Lunatic asylums Central Provinces reports 1910-1926 - 1910-1926
Year: 1910
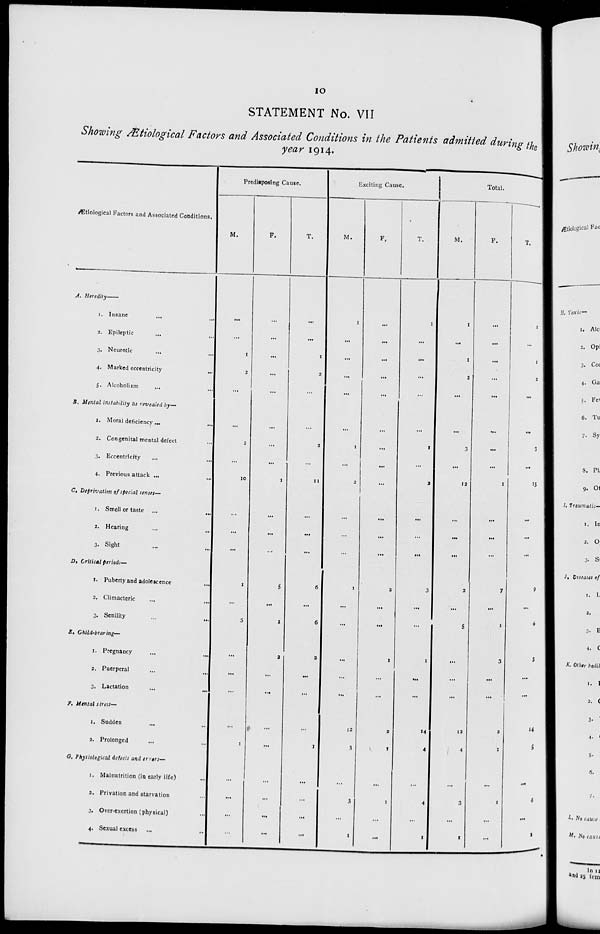
10
STATEMENT No. VII
Showing Ætiological Factors and Associated Conditions in the Patients admitted during the
year 1914.
Ætiological Factors and Associated Conditions.
A.
Heredity—
1. Insane ... ...
2. Epileptic ... ...
3. Neurotic ... ...
4. Marked eccentricity ...
5. Alcoholism ... ...
B. Mental instability as revealed by—
1. Moral deficiency ... ...
2. Congenital mental defect ...
3. Eccentricity ... ...
4. Previous attack ... ...
C. Deprivation of special senses—
1. Smell or taste ...
...
2. Hearing ... ...
3. Sight ... ...
D. Critical periods—
1. Puberty and adolescence ...
2. Climacteric
...
...
3. Senility ... ...
E. Child-bearing—
1. Pregnancy
...
...
2. Puerperal ... ...
3. Lactation ... ...
F. Mental stress—
1. Sudden ... ...
2. Prolonged ... ...
G. Physiological defects and errers—
1. Malnutrition (in early life)
...
2. Privation and starvation ...
3. Over-exertion (physical) ...
4. Sexual excess ... ...
Predisposing Cause.
M.
...
...
1
2
...
...
2
...
10
...
...
...
1
...
5
...
...
...
...
1
...
...
...
...
F.
...
...
...
...
...
...
...
...
1
...
...
...
5
...
1
2
...
...
...
...
...
...
...
...
T.
...
...
1
2
...
...
2
...
11
...
...
...
6
...
6
2
...
...
...
1
...
...
...
...
Exciting Cause.
M.
1
...
...
...
...
...
1
...
2
...
...
...
1
...
...
...
...
...
12
3
...
3
...
1
F.
...
...
...
...
...
...
...
...
...
...
...
...
2
...
...
1
...
...
2
1
...
1
...
...
T.
1
...
...
...
...
...
1
...
2
...
...
...
3
...
...
1
...
...
14
4
...
4
...
1
Total.
M.
1
...
1
2
...
...
3
...
12
...
...
...
2
...
5
...
...
...
12
4
...
3
...
1
F.
...
...
...
...
...
...
...
...
1
...
...
...
7
...
1
3
...
...
2
1
...
1
...
...
T.
1
...
1
2
...
...
3
...
13
...
...
...
9
...
6
3
...
...
14
5
...
4
...
1